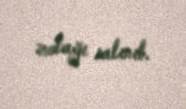
zolağı salınıb.